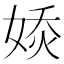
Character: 𡞊